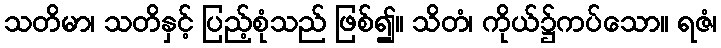
သတိမာ၊ သတိနှင့် ပြည့်စုံသည် ဖြစ်၍။ သိတံ၊ ကိုယ်၌ကပ်သော။ ရဇံ၊